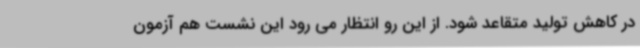
در کاهش تولید متقاعد شود. از این رو انتظار می رود این نشست هم آزمون